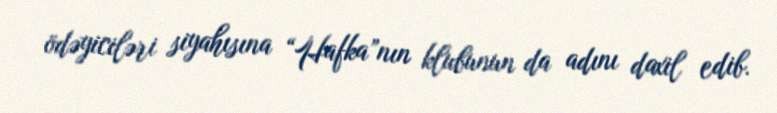
ödəyiciləri siyahısına “Hafka”nın klubunun da adını daxil edib.